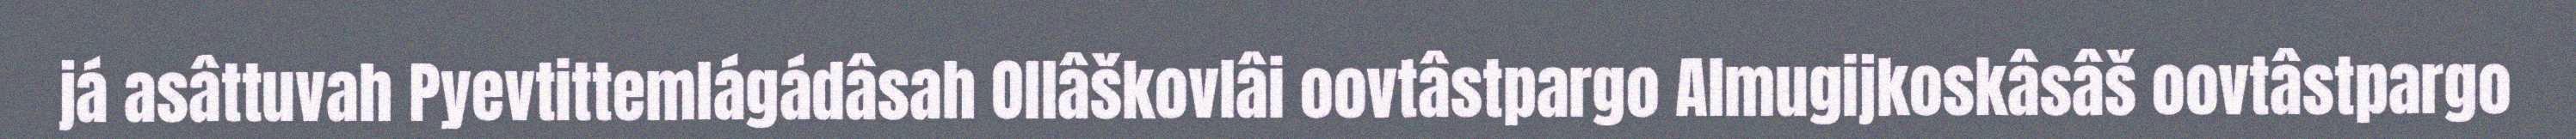
já asâttuvah Pyevtittemlágádâsah Ollâškovlâi oovtâstpargo Almugijkoskâsâš oovtâstpargo